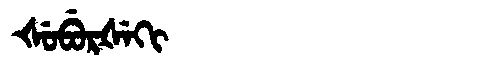
Manchu: ᡧᡠᠪᡠᡵᡧᡝᡴᡳ
Romanization: ŠUBURŠEKI